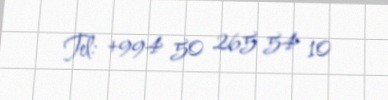
Tel: +994 50 265 54 10